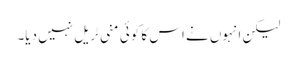
لیکن انہوں نے اس کا کوئی منی ٹریل نہیں دیا۔